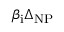
\beta _ { \mathrm { i } } \Delta _ { \mathrm { N P } }